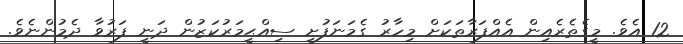
12 އެވެ. މީގެތެރެއިން އެއްފަރާތަކަށް މިހާރު ގެމަނަފުށީ ސިއްޙީމަރުކަޒުން ދަނީ ފަރުވާ ދެމުންނެވެ.